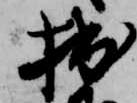
拙